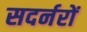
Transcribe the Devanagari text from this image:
सदर्नरों